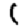
Digit: 1